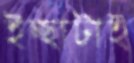
ইচ্ছাটাই